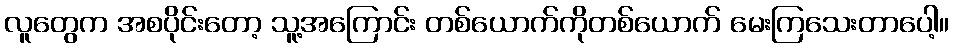
လူတွေက အစပိုင်းတော့ သူ့အကြောင်း တစ်ယောက်ကိုတစ်ယောက် မေးကြသေးတာပေါ့။